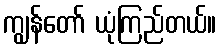
ကျွန်တော် ယုံကြည်တယ်။